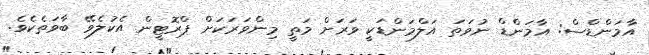
އާމަންޑްސް: އާމަންޑް ނުވަތަ އަލްމަންޑަކީ ވަރަށް މަތީ މިންވަރަކަށް ޕްރޮޓީން އެކުލެވޭ ބާވަތެކެވެ.